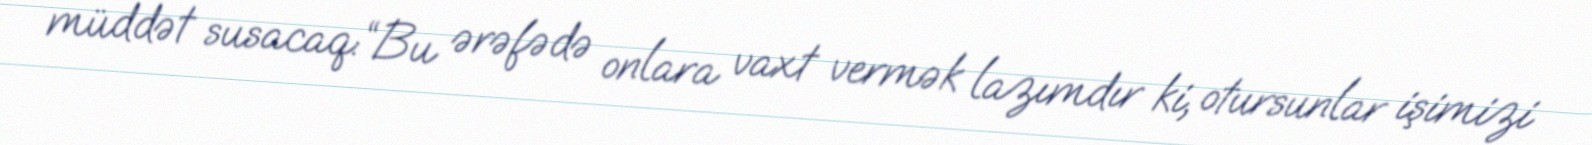
müddət susacaq:“Bu ərəfədə onlara vaxt vermək lazımdır ki, otursunlar işimizi